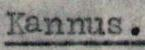
Kannus.